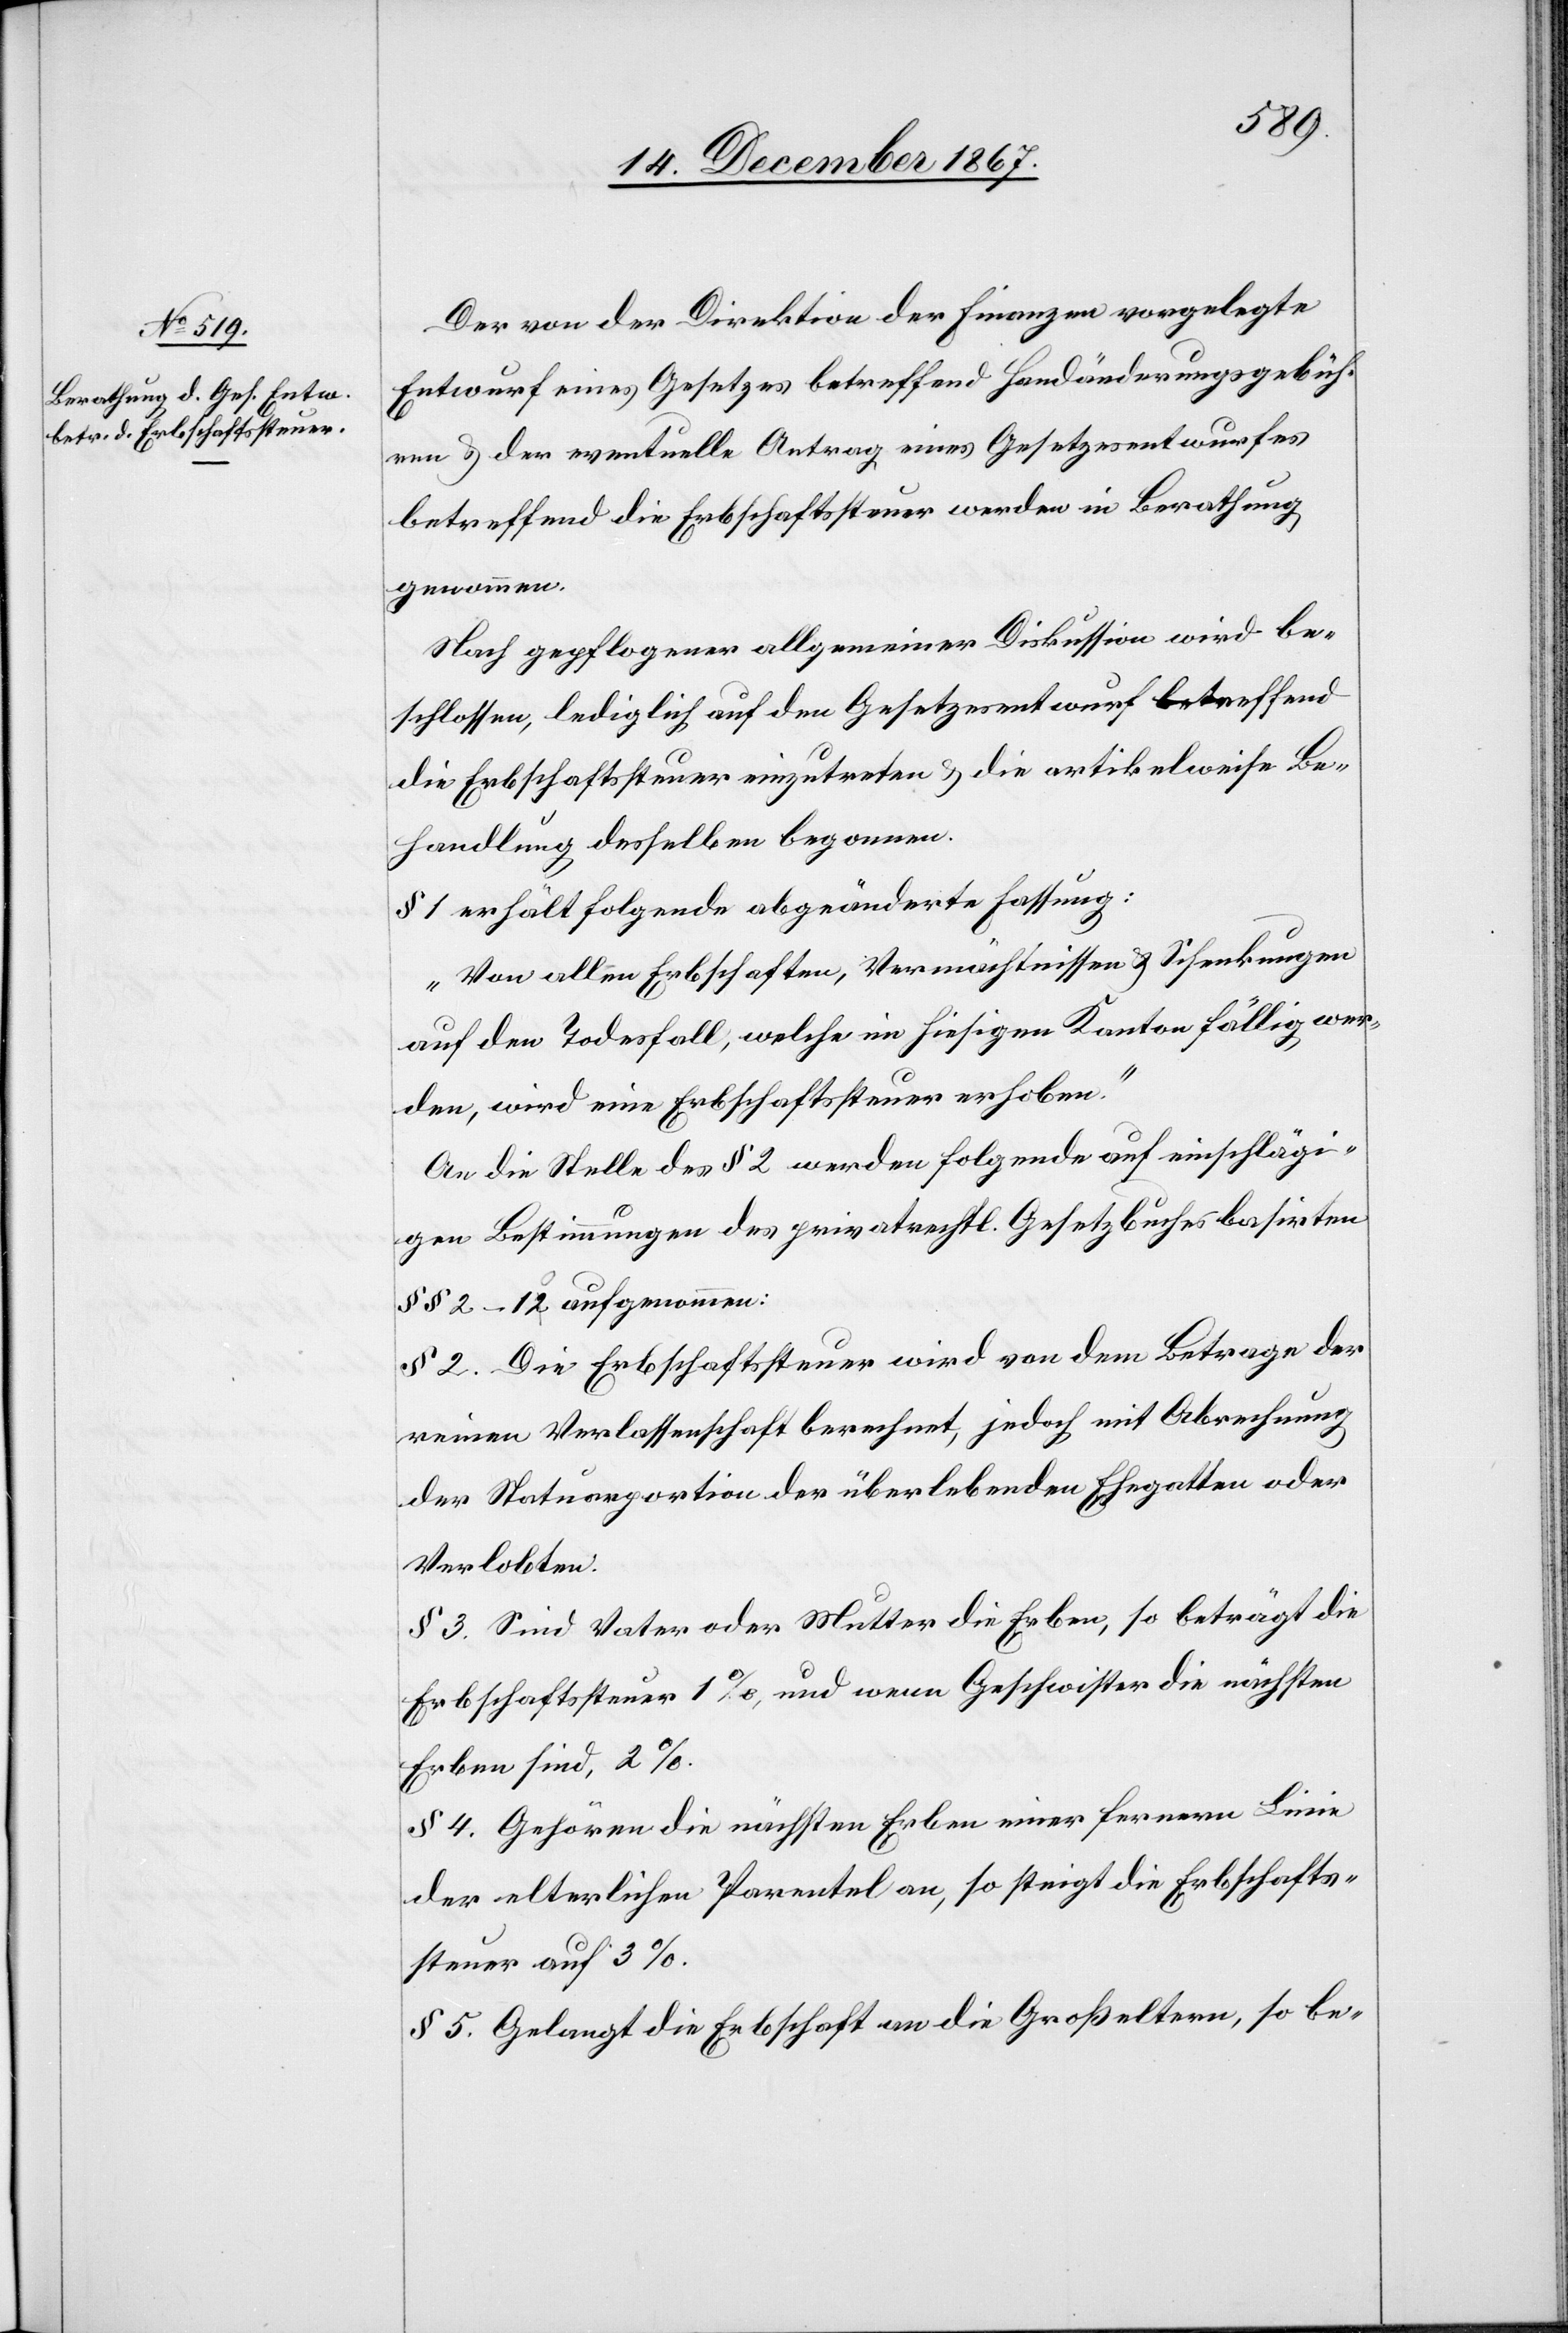
Der von der Direktion der Finanzen vorgelegte
Entwurf eines Gesetzes betreffend Handänderungsgebüh¬
ren u. der eventuelle Antrag eines Gesetzesentwurfes
betreffend die Erbschaftssteuer werden in Berathung
genommen.
Nach gepflogener allgemeiner Diskussion wird be¬
schlossen, lediglich auf den Gesetzesentwurf betreffend
die Erbschaftssteuer einzutreten u. die artikelweise Be¬
handlung desselben begonnen.
§ 1 erhält folgend abgeänderte Fassung:
„Von allen Erbschaften, Vermächtnissen u. Schenkungen
auf den Todesfall, welche im hiesigen Kanton fällig wer¬
den, wird eine Erbschaftssteuer erhoben.“
An die Stelle des § 2 werden folgende auf einschlägi¬
gen Bestimmungen des privatrechtl. Gesetzbuches basirten
§ § 2–12 aufgenommen:
§ 2. Die Erbschaftssteuer wird von dem Betrage der
reinen Verlassenschaft berechnet, jedoch mit Abrechnung
der Statuarportion der überlebenden Ehegatten oder
Verlobten.
§ 3. Sind Vater oder Mutter die Erben, so beträgt die
Erbschaftssteuer 1%, und wenn Geschwister die nächsten
Erben sind, 2%.
§ 4. Gehören die nächsten Erben einer ferneren Linie
der elterlichen Parentel an, so steigt die Erbschafts¬
steuer auf 3%.
§ 5. Gelangt die Erbschaft an die Großeltern, so be-